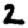
Digit: 2